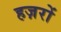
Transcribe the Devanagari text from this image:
हज़रों